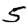
Digit: 5